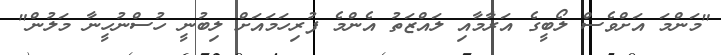
"މަންމަ އަށްވެސް ލޯބީގެ އަރާމާއި ލައްޒަތު އެންމެ ފުރިހަމައަށް ލިބުނީ ހުސްނުހީނާ މަލުން"